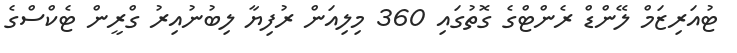
ޓުއަރިޒަމް ލޭންޑް ރެންޓްގެ ގޮތުގައި 360 މިލިއަން ރުފިޔާ ލިބުނުއިރު ގްރީން ޓެކްސްގެ